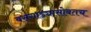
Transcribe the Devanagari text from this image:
बसगाड्यांसोबतच